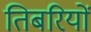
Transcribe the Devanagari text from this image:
तिबरियों